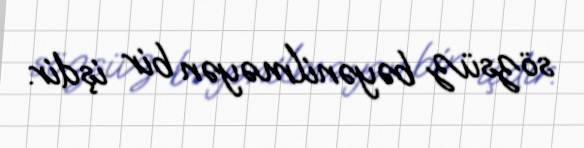
sözsüz bəyənilməyən bir işdir.